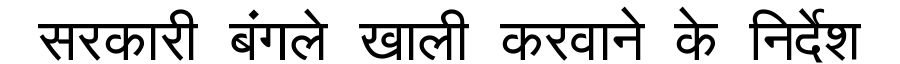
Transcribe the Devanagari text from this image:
सरकारी बंगले खाली करवाने के निर्देश